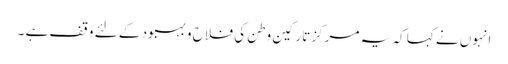
انہوں نے کہا کہ یہ مرکز تارکین وطن کی فلاح و بہبود کے لئے وقف ہے ۔